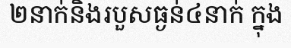
២នាក់និងរបួសធ្ងន់៤នាក់ ក្នុង